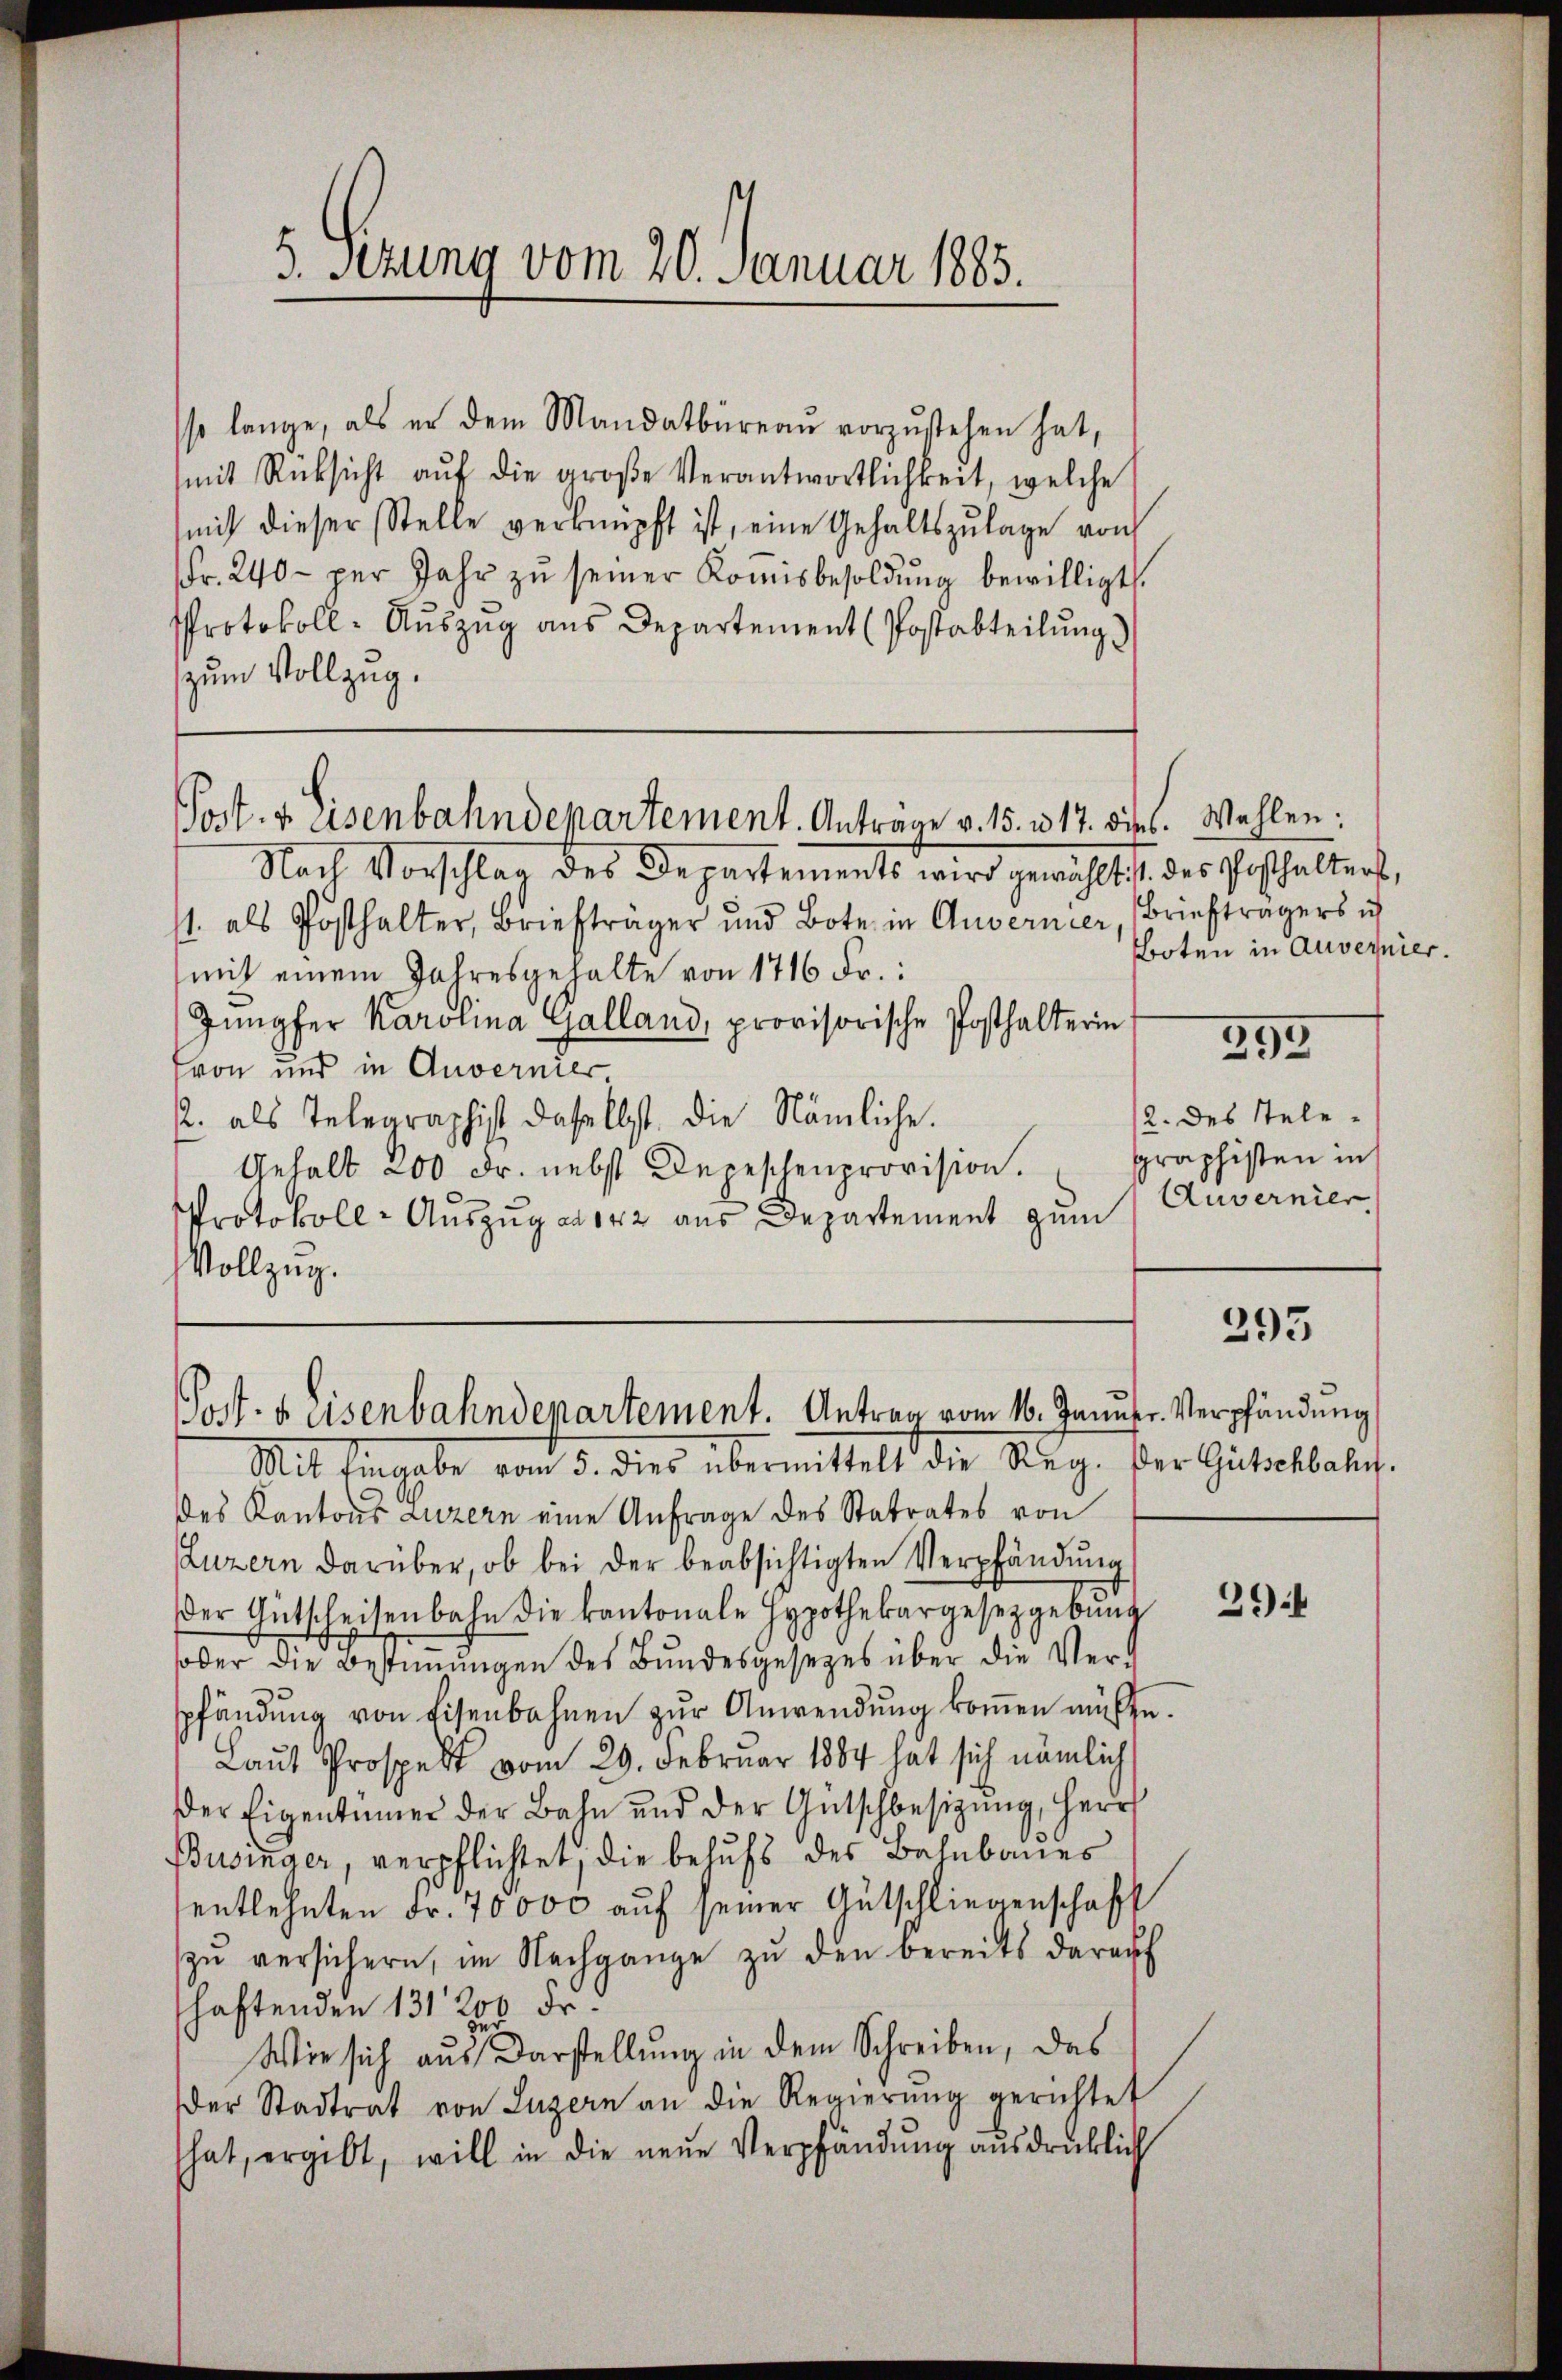
5. Sezung vom 20. Januar 1885.

sso lange, als er dem Mandatbüreaŭ vorzustehen hat,
mit Rücksicht aŭf die groβe Verantwortlichkeit, welche
mich dieser Stelle verknüpft ist, eine Gehaltszŭlage von
fr. 240 - per Jahr zŭ seiner Koṁisbesoldŭng bewilligt.
Protokoll- Auszug aus Departement (Postabteilung)
zum Vollzug.

Post- & Eisenbahndepartement. Anträge v. 15. 117. dies. Wahlen:

Nach Vorschlag des Departements wird gewählt ist des Posthalters,
st. als Posthalter, Briefträger und Bote in Anvernier Briefträgers i
(mit einem Jahresgehalte von 1716 Fr.:
Jungfer Karolina Galland, provisorische Posthalterin
von und in Anverner,
. als Telegraphist daselbst, die Nämliche.
Gehalt 200 Fr. nebst Depeschenprovision.
Protokoll-Auszug ad 142 aus Departement zum Zuvernier
Vollzug.

Post- u. Eisenbahndepartement. Antrag vom 16. Janusr. Verpfändung

Mit Eingabe vom 5. dies übermittelt die Reg. Der Gütschbahn.
des Kantons Luzern eine Anfrage des Statrates von
Luzern darüber, ob bei der beabsichtigten Verpfändung
der Gütscheisenbahn die kantonale Hypothekargesetzgebung
soder die Bestimmungen des Bundesgesezes über die Verspfändung von Eisenbahnen zur Anwendung kommen müßte.
Laut Prospekt vom 29. Februar 1884 hat sich nämlich
Der Eigentümer der Bahn und der Gütschbesizung, Herr
Businger, verpflichtet, die behufs des Bahnbaues
entlehnten Fr. 70000 aŭf seiner Autschliegenschaft
zŭ versichern, im Nachgange zŭ den bereits darauf
schaftenden 131200 Fr.
Wie sich aus Darstellung in dem Schreiben, das
Der Stadtrat von Luzern an die Regierŭng gerichtet
hat, ergibt, will in die neŭe Verpfändung ausdrücklich

Boten in Auvernier.

295

12. des Stelegraphisten in

395